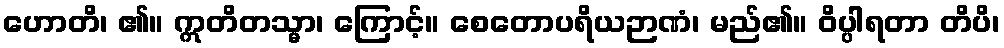
ဟောတိ၊ ၏။ ဣတိတသ္မာ၊ ကြောင့်။ စေတောပရိယဉာဏံ၊ မည်၏။ ဝိပ္ပါရတာ တိပိ၊